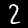
Label: 2